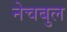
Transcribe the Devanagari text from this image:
नेचबुल